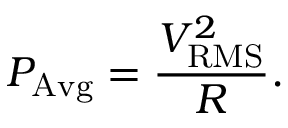
P _ { \mathrm { A v g } } = { \frac { V _ { \mathrm { R M S } } ^ { 2 } } { R } } .